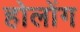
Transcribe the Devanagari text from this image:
होलोंग